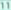
lll